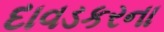
દાવડકરના